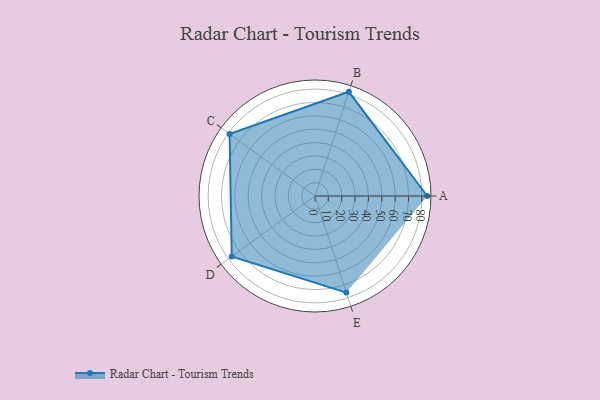
{"axis": {"x": "Skill", "y": "Score"}, "legend": ["Profile"], "data": [{"x": "A", "y": 84.0, "type": "Profile"}, {"x": "B", "y": 82.0, "type": "Profile"}, {"x": "C", "y": 79.0, "type": "Profile"}, {"x": "D", "y": 77.0, "type": "Profile"}, {"x": "E", "y": 76.0, "type": "Profile"}]}